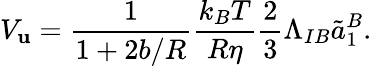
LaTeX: V_{\mathbf{u}}=\frac{{1}}{{1+2b/R}}\frac{{k_{B}T}}{{R\eta}}\frac{{2}}{{3}}\Lambda_{IB}\tilde{{a}}_{1}^{B}.